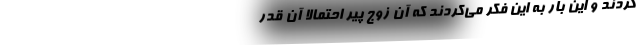
‌کردند و این بار به این فکر می‌کردند که آن زوج پیر احتمالاً آن قدر